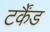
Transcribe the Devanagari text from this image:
टर्कैंड